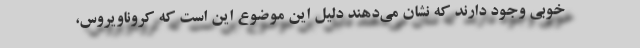
خوبی وجود دارند که‌ نشان می‌دهند دلیل این موضوع این است که کروناویروس،